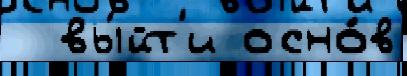
  вы́йт'и осно́в